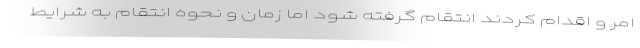
امر و اقدام کردند انتقام گرفته شود اما زمان و نحوه انتقام به شرایط